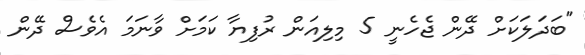
"ބަދަލަކަށް ދޭން ޖެހެނީ 5 މިލިއަން ރުފިޔާ ކަމަށް ވާނަމަ އެވެސް ދޭން